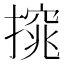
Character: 𢳙